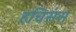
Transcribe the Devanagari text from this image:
हचिसंस